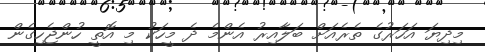
މިދިޔަ އަހަރުގެ ތެރެއަށް ބަލާއިރު އެންމެ ދެ މީހަކު މި އޮތީ ހުންޖެހިގެން